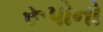
રૂપોનો